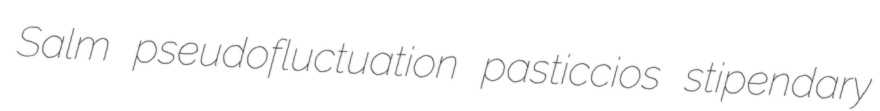
Salm pseudofluctuation pasticcios stipendary